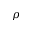
\rho